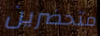
متحضرين